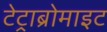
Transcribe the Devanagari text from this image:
टेट्राब्रोमाइट